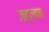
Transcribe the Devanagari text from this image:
जह्लण